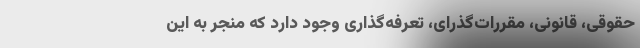
حقوقی، قانونی، مقررات‌گذرای، تعرفه‌گذاری وجود دارد که منجر به این